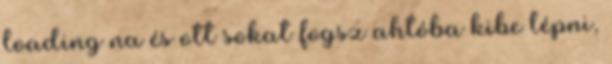
loading na és ott sokat fogsz ahtóba kibe lépni,